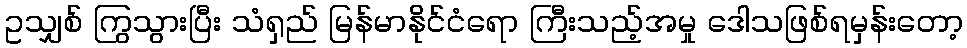
ဥသျှစ် ကြွသွားပြီး သံရှည် မြန်မာနိုင်ငံရော ကြီးသည့်အမှု ဒေါသဖြစ်ရမှန်းတော့